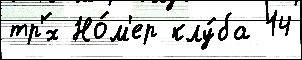
тр'́х Но́м'ер клу́ба 14